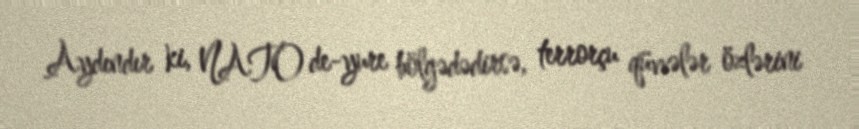
Aydındır ki, NATO de-yure bölgədədirsə, terrorçu qüvvələr özlərini